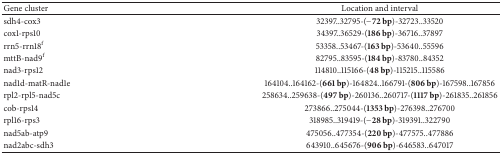
<table><thead><tr><td><b>Gene cluster</b></td><td><b>Location and interval</b></td></tr></thead><tbody><tr><td>sdh4-cox3</td><td>32397..32795-(−<b>72 bp</b>)-32723..33520</td></tr><tr><td>cox1-rps10</td><td>34397..36529-(<b>186 bp</b>)-36716..37897</td></tr><tr><td>rrn5-rrn18<sup>f</sup></td><td>53358..53467-(<b>163 bp</b>)-53640..55596</td></tr><tr><td>mttB-nad9<sup>f</sup></td><td>82795..83595-(<b>184 bp</b>)-83780..84352</td></tr><tr><td>nad3-rps12</td><td>114810..115166-(<b>48 bp</b>)-115215..115586</td></tr><tr><td>nad1d-matR-nad1e</td><td>164104..164162-(<b>661 bp</b>)-164824..166791-(<b>806 bp</b>)-167598..167856</td></tr><tr><td>rpl2-rpl5-nad5c</td><td>258634..259638-(<b>497 bp</b>)-260136..260717-(<b>1117 bp</b>)-261835..261856</td></tr><tr><td>cob-rps14</td><td>273866..275044-(<b>1353 bp</b>)-276398..276700</td></tr><tr><td>rpl16-rps3</td><td>318985..319419-(−<b>28 bp</b>)-319391..322790</td></tr><tr><td>nad5ab-atp9</td><td>475056..477354-(<b>220 bp</b>)-477575..477886</td></tr><tr><td>nad2abc-sdh3</td><td>643910..645676-(<b>906 bp</b>)-646583..647017</td></tr></tbody></table>